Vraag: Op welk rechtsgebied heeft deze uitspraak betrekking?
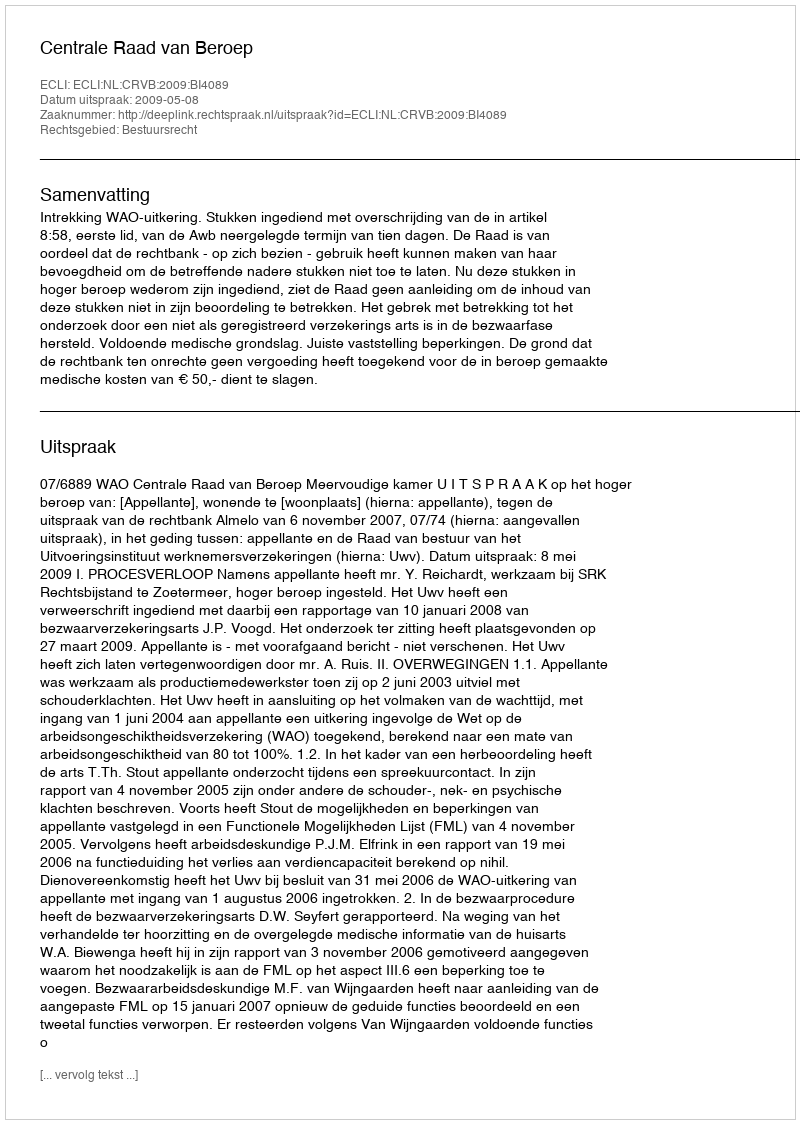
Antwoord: Bestuursrecht